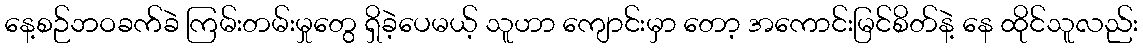
နေ့စဉ်ဘဝခက်ခဲ ကြမ်းတမ်းမှုတွေ ရှိခဲ့ပေမယ့် သူဟာ ကျောင်းမှာ တော့ အကောင်းမြင်စိတ်နဲ့ နေ ထိုင်သူလည်း